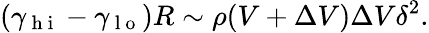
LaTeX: (\gamma_{\mathrm{~h~i~}}-\gamma_{\mathrm{~l~o~}})R\sim\rho(V+\Delta V)\Delta V\delta^{2}.